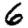
Digit: 6